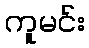
ကူမင်း